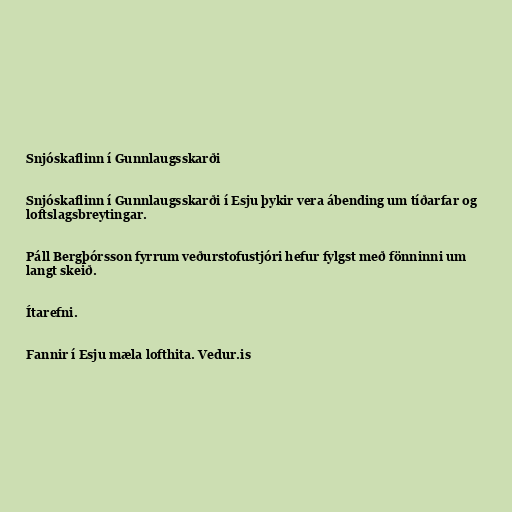
Snjóskaflinn í Gunnlaugsskarði

Snjóskaflinn í Gunnlaugsskarði í Esju þykir vera ábending um tíðarfar og
loftslagsbreytingar.

Páll Bergþórsson fyrrum veðurstofustjóri hefur fylgst með fönninni um
langt skeið.

Ítarefni.

Fannir í Esju mæla lofthita. Vedur.is